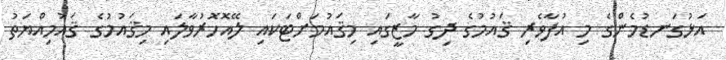
އަޅުގަނޑުމެންގެ މި އުފާވެރި ޤައުމުގެ ދިގު މާޒީގައި މިޤައުމަށްޓަކައި ލޭއޮހޮރުވާލައި މިޤައުމުގެ ޤައުމިއްޔަތު